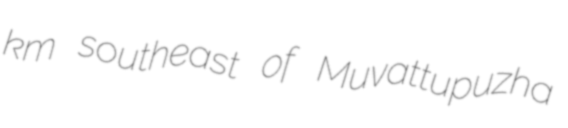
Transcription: km southeast of Muvattupuzha